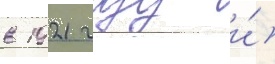
в 1921 году и́